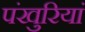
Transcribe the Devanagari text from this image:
पंखुरियां